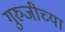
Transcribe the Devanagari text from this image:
गुरुजीच्या